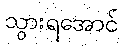
သွားရအောင်